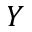
Y